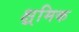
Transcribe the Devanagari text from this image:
क्ष्रमिक